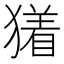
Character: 𬍃